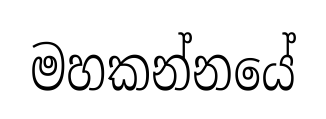
මහකන්නයේ